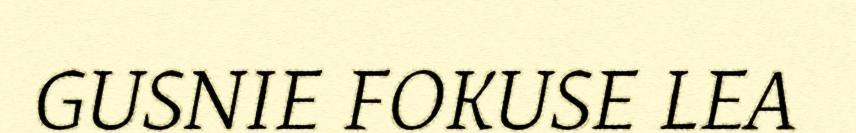
GUSNIE FOKUSE LEA